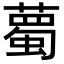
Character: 薥